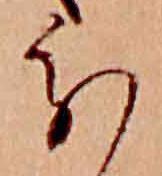
分